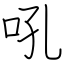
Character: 吼